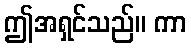
ဤအရှင်သည်။ ကာ